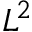
L ^ { 2 }